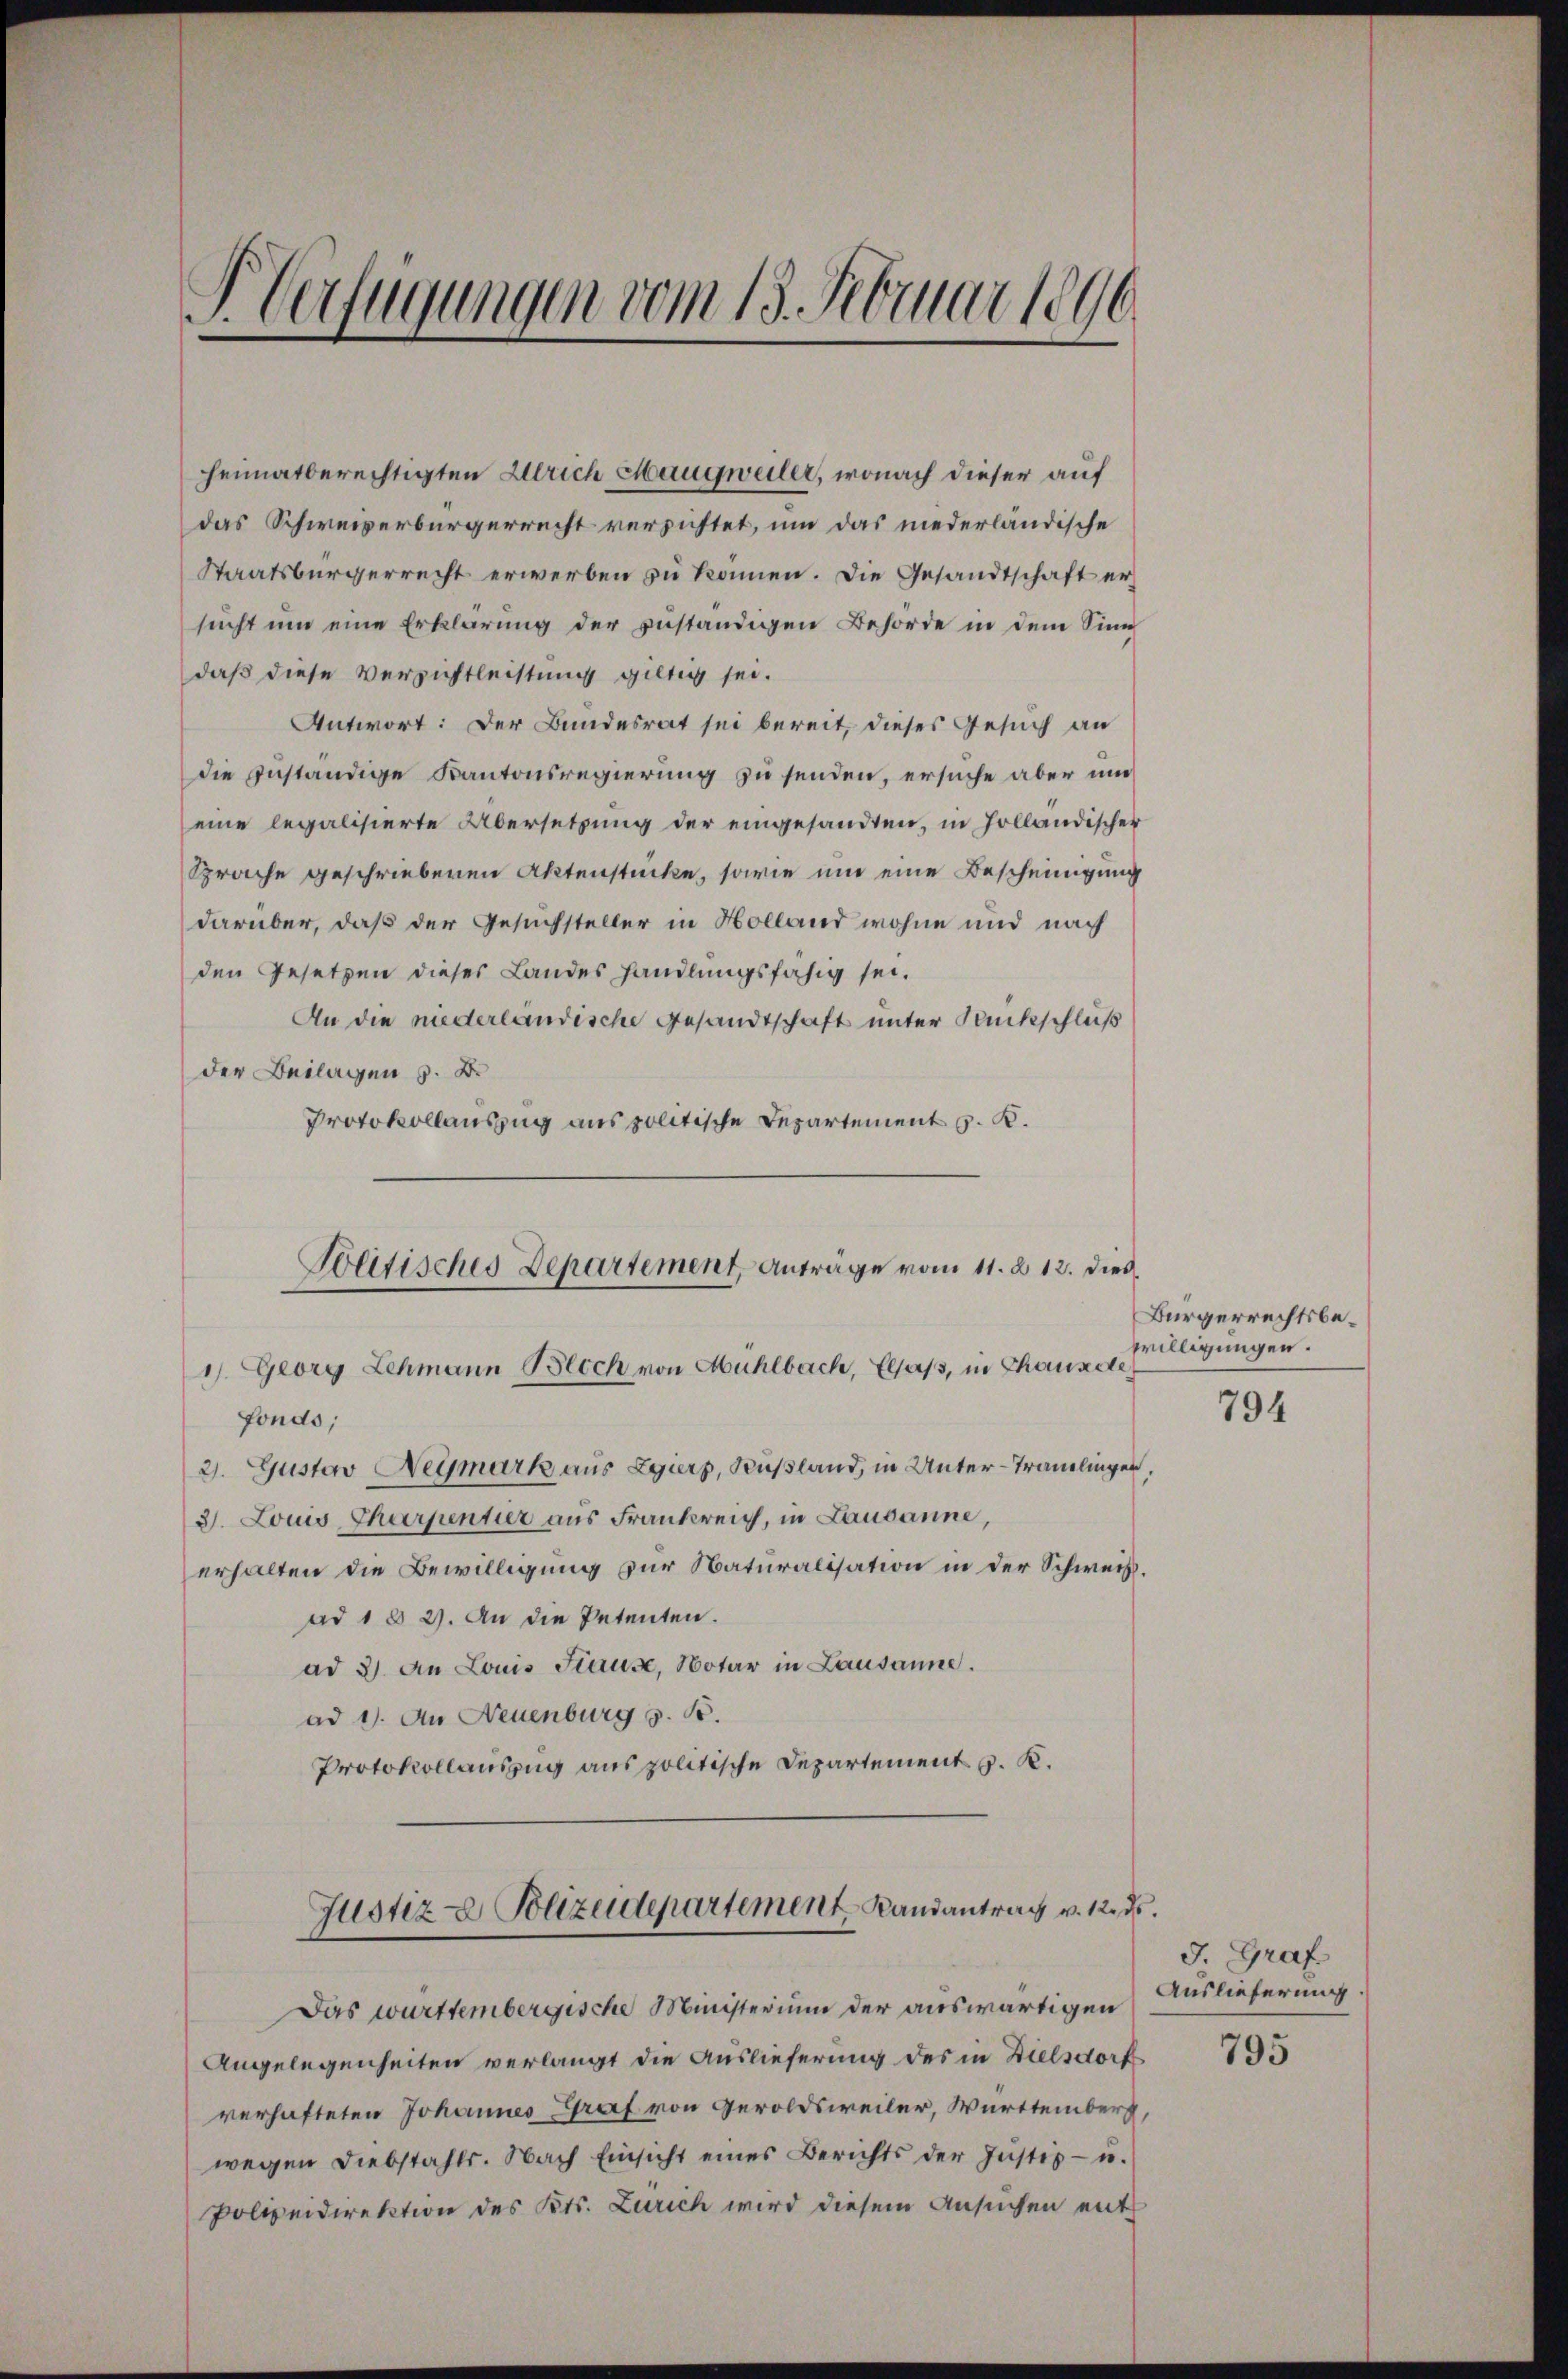
P Verfügungen vom 13. Februar 1890

das Schweizerbürgerrecht versichtet, um das niederländische
Staatsbürgerrecht erwerben zŭ können. Die Gesandtschaft ersucht um eine Erklärung der zuständigen Behörde in dem Sinn
daß diese Verzichtleistung gültig sei.
Antwort: Der Bundesrat sei bereit, dieses Gesuch an
die zuständige Kantonsregierung zu senden, ersuche aber und
eine legalisierte Übersetzung der eingesandten, in Holländischer
Sprache geschriebenen Aktenstücke, sowie um eine Bescheinigung
darüber, daß der Gesuchsteller in Holland wohne und nach
den Gesetzen dieser Landes handlungsfähig sei.
An die niederlandische Gesandtschaft unter Rankschluß
der Beilagen s. B.
Protokollauszug aus politische Departement v. K.
1). Georg Lehmann Bloch von Mühlbach, Elsass, in Chauxde
fonds;
2. Gustav Neymark aus Egurz, Rußland, in Unter-Tränelingen,
3. Louis Thurpentier aus Frankreich, in Lausanne,
erhalten die Bewilligung zur Naturalisation in der Schweiz.
ad 1 § 2). An die Petenten.
ad 3. An Louis Stause, Notar in Lausanne.
ad 1. An Neuenburg . .
Protokollauszug aus politische Departement v. K.
Justiz- & Polizeidepartement Landantrag v. 12. ds.
Das württembergische Ministerium der auswärtigen
Angelegenheiten verlangt die Auslieferung des in Dielsdorf
verhafteten Johannes Graf von Geroldsweiler, Württemberg,
wegen Diebstahls. Nach Einsicht eines Berichts der Instes- u.
Polizeidirektion des Kts. Zürich wird diesem Ansuchen ent

heimatberechtigten Ulrich Maugweiler, wonach dieser auf

Politisches Departement Anträge vom 11. u 12. dies

Bürgerrechtsbewilligungen.

794

J. Graf
Auslieferung

795